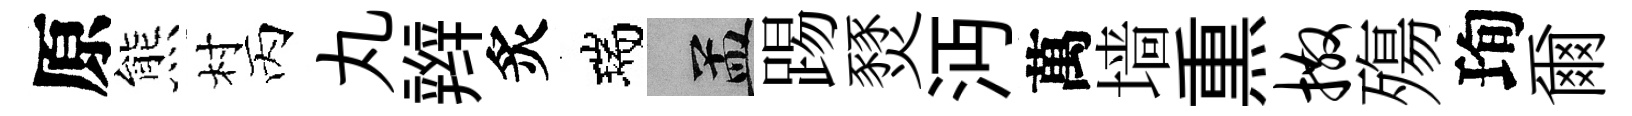
原熊村丙丸辫炙瑞汴踢燹沔萬墙𤋱撒殤珣爾